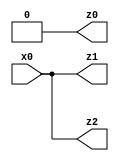
// Benchmark "q_11" written by ABC on Tue Jul 11 01:37:07 2023

module q_11 ( 
    x0,
    z0, z1, z2  );
  input  x0;
  output z0, z1, z2;
  assign z0 = 1'b0;
  assign z1 = x0;
  assign z2 = x0;
endmodule